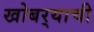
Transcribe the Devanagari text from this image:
खोबर्‍याची